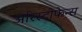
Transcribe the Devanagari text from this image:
अरिस्टोफेन्स